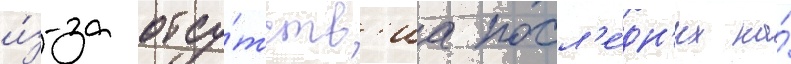
и́з-за отсу́тств'иа посл'е́дн'их на́